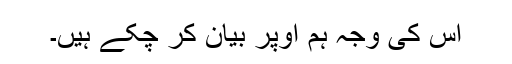
اس کی وجہ ہم اوپر بیان کر چکے ہیں۔